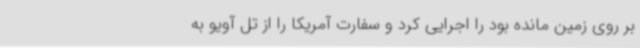
بر روی زمین مانده بود را اجرایی کرد و سفارت آمریکا را از تل آویو به